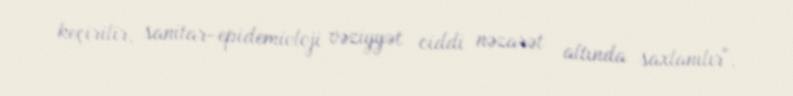
keçirilir, sanitar-epidemioloji vəziyyət ciddi nəzarət altında saxlanılır".